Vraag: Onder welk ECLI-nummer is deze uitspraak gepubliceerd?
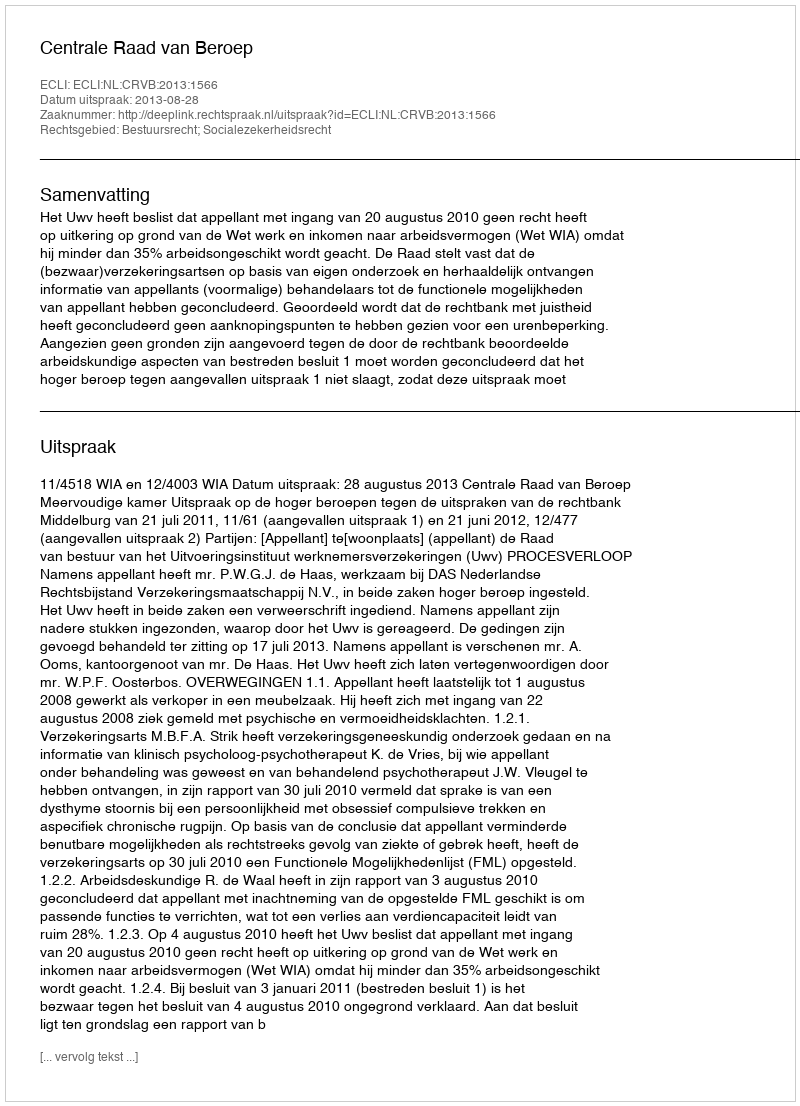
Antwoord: ECLI:NL:CRVB:2013:1566